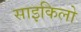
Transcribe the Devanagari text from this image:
साइकिलो